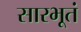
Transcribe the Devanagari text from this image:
सारभूतं